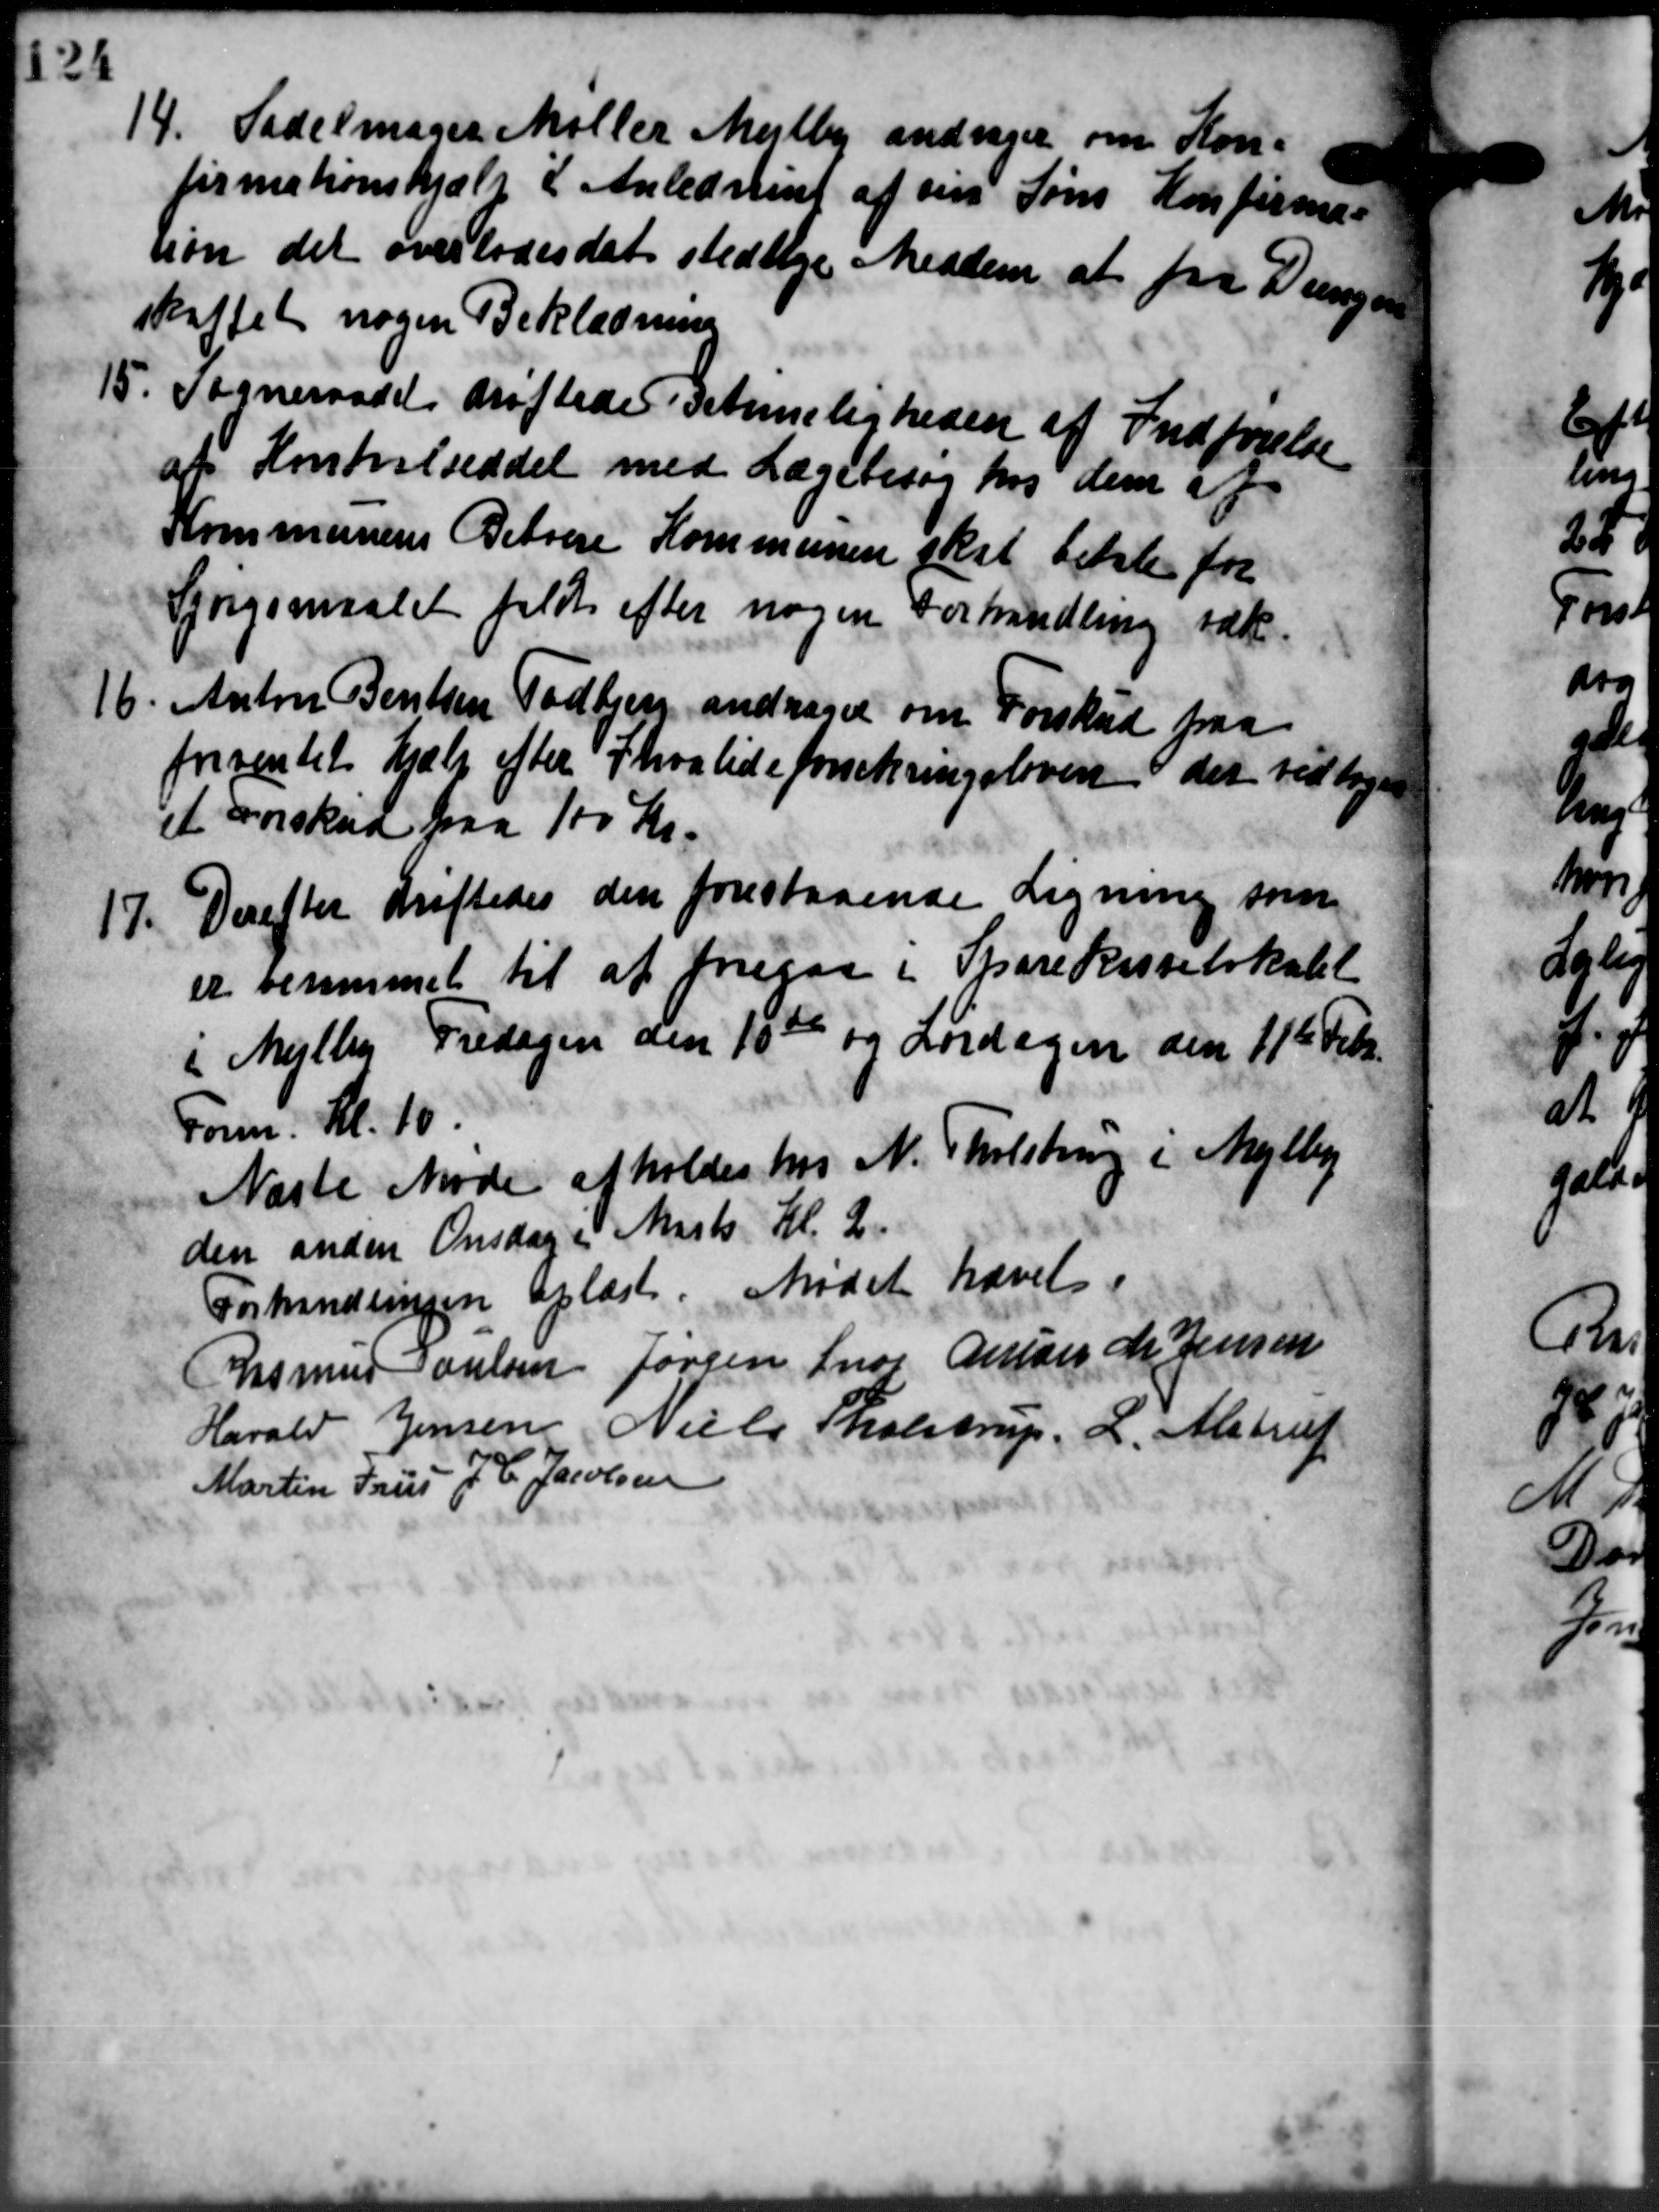
Transskription:
14. Sadelmager Møller Mejlby andrager om Kon-
14. Sadelmager Møller Mejlby andrager om Kon-
firmationshjælp i Anledning af sin Søns Konfirma-
sion det overlodes det stedlige Medlem at fra Dungen
skaffet nogen Beklædning
15. Sogneraadet drøftede Betimeligheden af Indførelse
15. Sogneraadet drøftede Betimeligheden af Indførelse
af Kontralseddel med Lægebesøg hos dem af
Kommunens Beboere Kommunen skal betale for
Spørgsmaalet faldt efter nogen Forhandling tak.
16. Anton Bentzen Todbjerg andrager om Forskud paa
16. Anton Bentzen Todbjerg andrager om Forskud paa
forventet hjælp efter Jhvalideforsikringsloven i det vedtage
et Forskud paa 100 Kr.
17. Derefter drøftedes den forestaaende Ligning somm
17. Derefter drøftedes den forestaaende Ligning somm
er beremmet til at foregaa i Sparekasselokalet
i Mejlby Fredagen den 10de og Lørdagen den 11te Febr.
Form: Kl. 10.
Næste Møde afholdes hos N. Tholstrup i Mejlby
den anden Onsdag i Marts Kl. 2.
Forhandlingen oplæst. Mødet hævet.
Rasmus Nielsen Jørgen Snog Anton M. Jensen
Harald Jensen Niels Tholstrup. L. Alstrup
Martin Frus J. C. Jacobsen